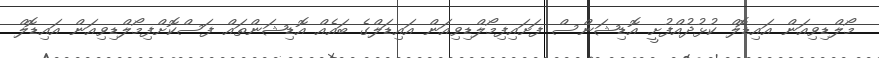
މޯލްޑިވިއަން އައިޑޮލް ކުޅުދުއްފުށީ އޮޑިޝަންސް ފަށައިިފިމޯލްޑިވިއަން އައިޑަލްގެ ބައެއް އޮޑިޝަންތައް ފަސްކޮށްފިމޯލްޑިވިއަން އައިޑޮލް